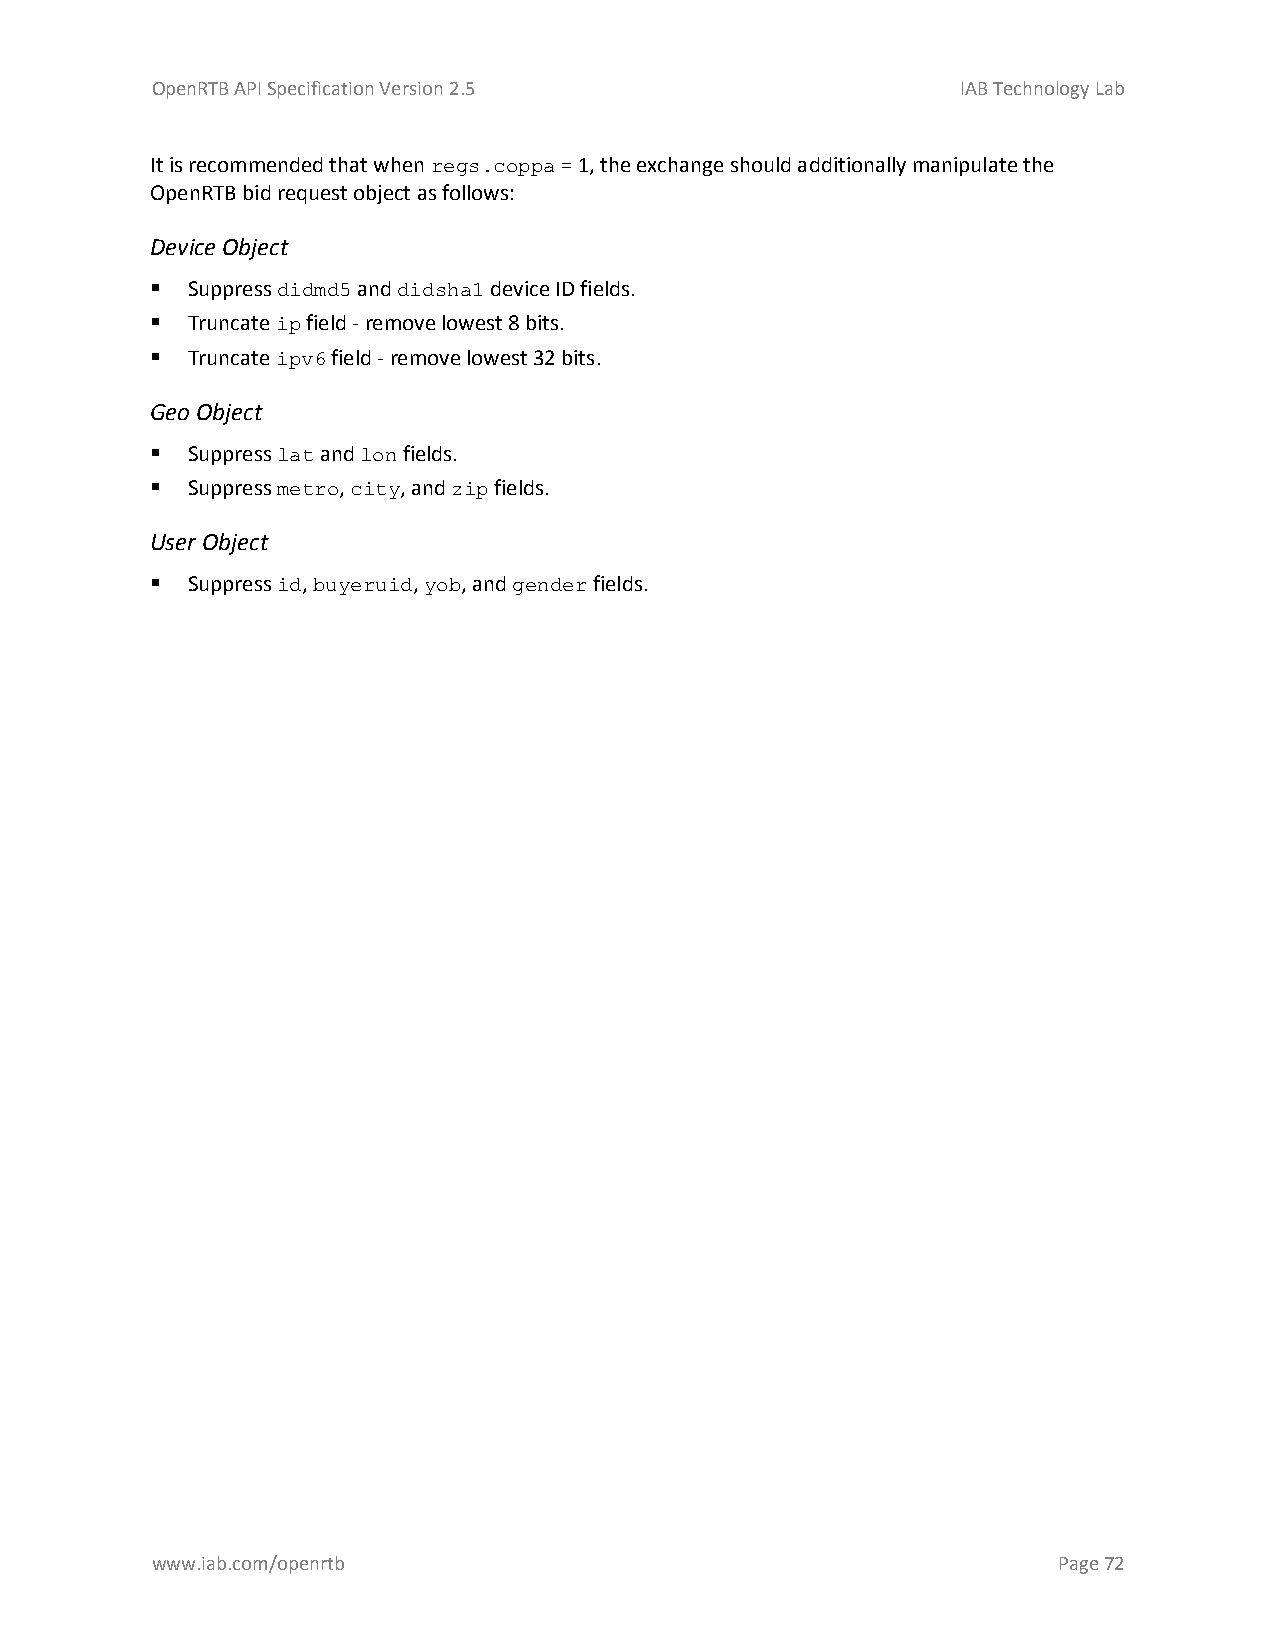
OpenRTB API Specification Version 2.5                 IAB Technology Lab
 It is recommended that when regs.coppa = 1, the exchange should additionally manipulate the
 OpenRTB bid request object as follows:
 Device Object
  Suppress didmd5 and didsha1 device ID fields.
  Truncate ip field - remove lowest 8 bits.
  Truncate ipv6 field - remove lowest 32 bits.
 Geo Object
  Suppress lat and lon fields.
  Suppress metro, city, and zip fields.
 User Object
  Suppress id, buyeruid, yob, and gender fields.
 www.iab.com/openrtb                                         Page 72